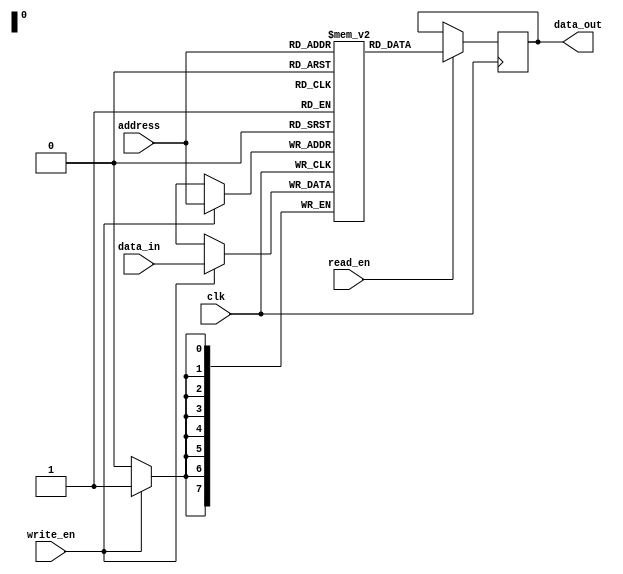
module SDRAM (
    input wire [7:0] data_in,
    input wire [7:0] address,
    input wire write_en,
    input wire read_en,
    input wire clk,
    output reg [7:0] data_out
);

reg [7:0] memory [0:255];

always @(posedge clk) begin
    if (write_en) begin
        memory[address] <= data_in;
    end
    
    if (read_en) begin
        data_out <= memory[address];
    end
end

endmodule